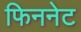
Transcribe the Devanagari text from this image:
फिननेट